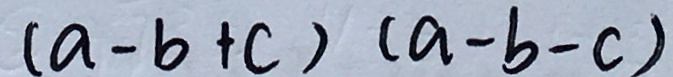
( a - b + c ) ( a - b - c )